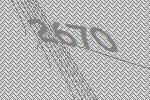
2670